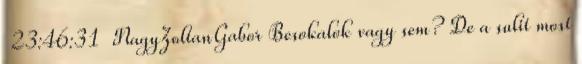
23:46:31 NagyZoltanGabor Besokalok vagy sem? De a sulit most